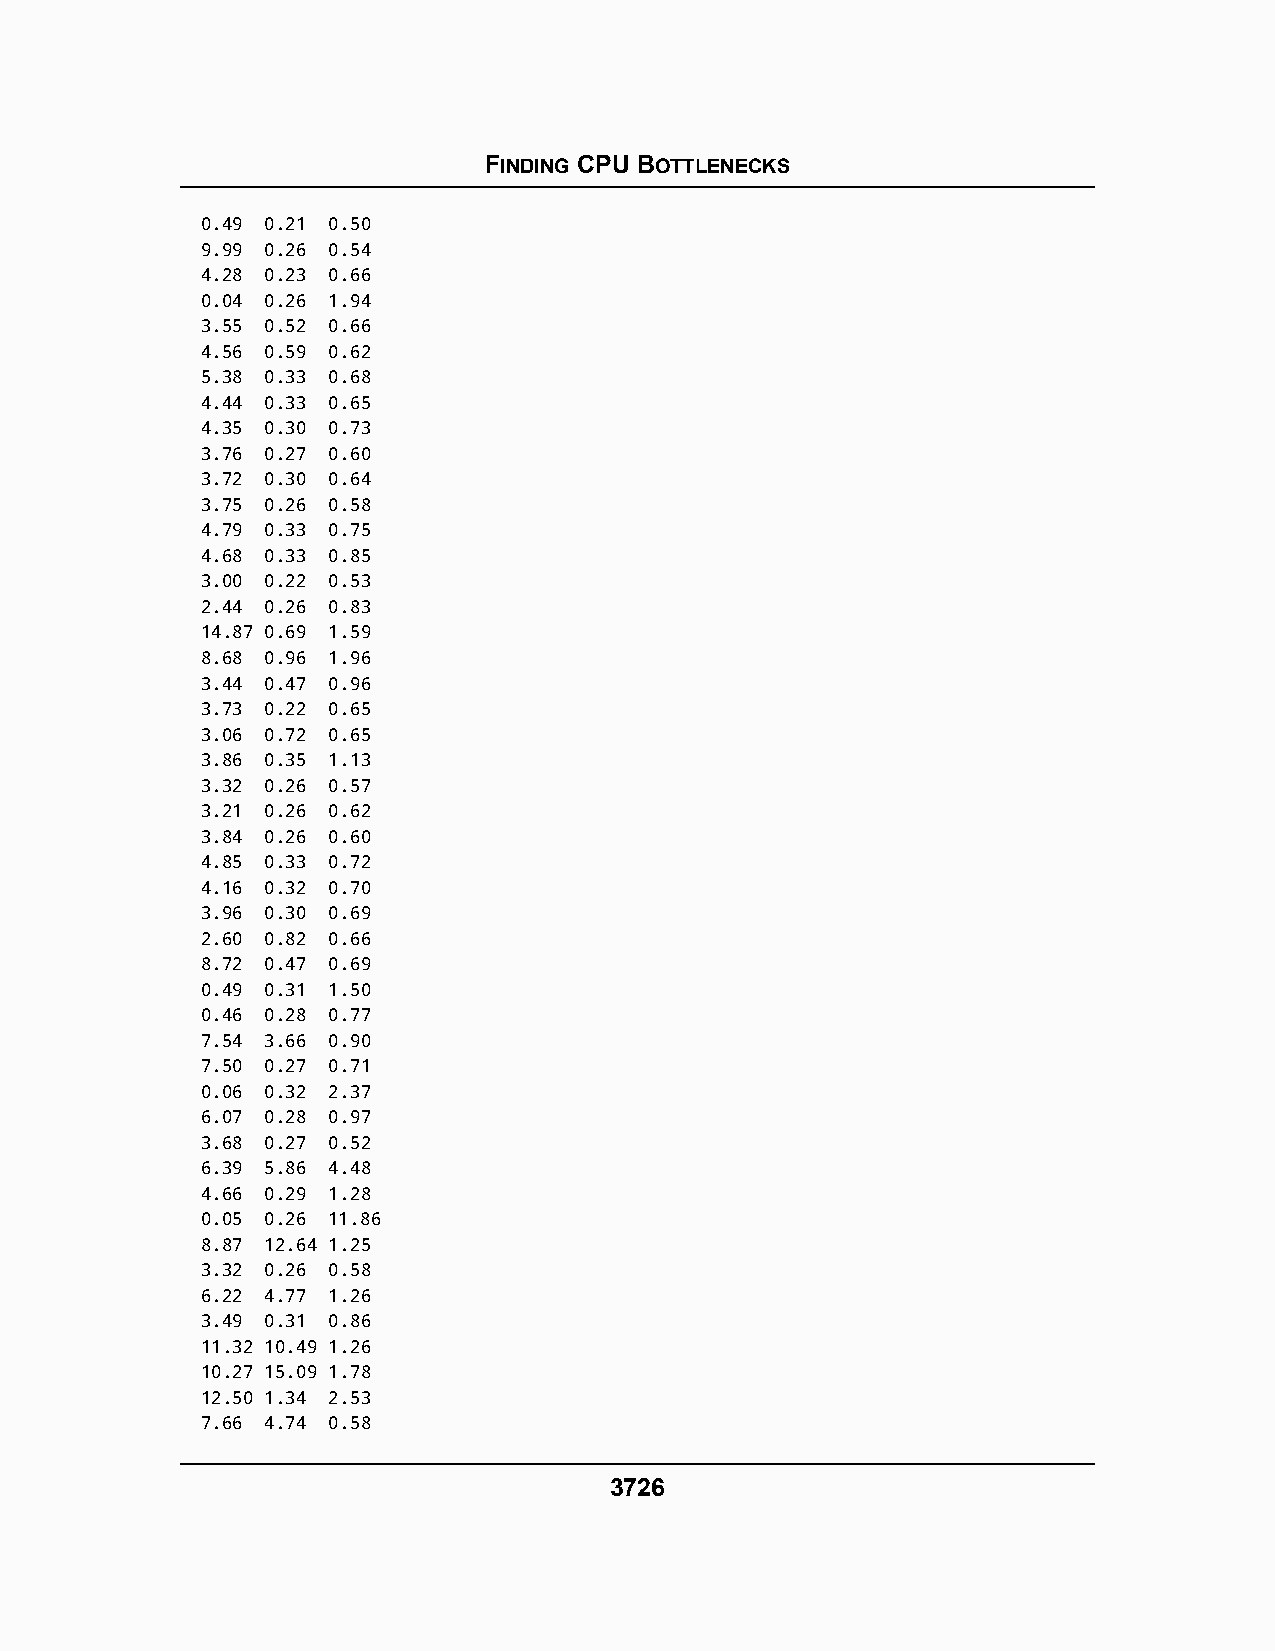
FINDING CPU BOTTLENECKS
 0.49 0.21 0.50
 9.99 0.26 0.54
 4.28 0.23 0.66
 0.04 0.26 1.94
 3.55 0.52 0.66
 4.56 0.59 0.62
 5.38 0.33 0.68
 4.44 0.33 0.65
 4.35 0.30 0.73
 3.76 0.27 0.60
 3.72 0.30 0.64
 3.75 0.26 0.58
 4.79 0.33 0.75
 4.68 0.33 0.85
 3.00 0.22 0.53
 2.44 0.26 0.83
 14.87 0.69 1.59
 8.68 0.96 1.96
 3.44 0.47 0.96
 3.73 0.22 0.65
 3.06 0.72 0.65
 3.86 0.35 1.13
 3.32 0.26 0.57
 3.21 0.26 0.62
 3.84 0.26 0.60
 4.85 0.33 0.72
 4.16 0.32 0.70
 3.96 0.30 0.69
 2.60 0.82 0.66
 8.72 0.47 0.69
 0.49 0.31 1.50
 0.46 0.28 0.77
 7.54 3.66 0.90
 7.50 0.27 0.71
 0.06 0.32 2.37
 6.07 0.28 0.97
 3.68 0.27 0.52
 6.39 5.86 4.48
 4.66 0.29 1.28
 0.05 0.26 11.86
 8.87 12.64 1.25
 3.32 0.26 0.58
 6.22 4.77 1.26
 3.49 0.31 0.86
 11.32 10.49 1.26
 10.27 15.09 1.78
 12.50 1.34 2.53
 7.66 4.74 0.58
 3726